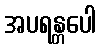
အပရန္တပေါ